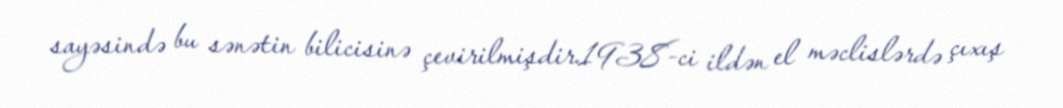
sayəsində bu sənətin bilicisinə çevirilmişdir.1938-ci ildən el məclislərdə çıxış